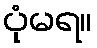
ပုံမရ။